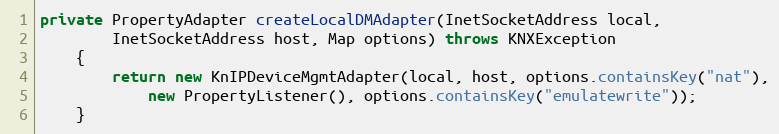
Language: Java
private PropertyAdapter createLocalDMAdapter(InetSocketAddress local,
		InetSocketAddress host, Map options) throws KNXException
	{
		return new KnIPDeviceMgmtAdapter(local, host, options.containsKey("nat"),
			new PropertyListener(), options.containsKey("emulatewrite"));
	}